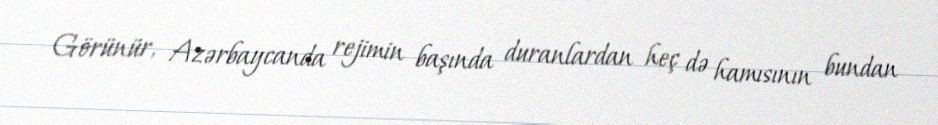
Görünür, Azərbaycanda rejimin başında duranlardan heç də hamısının bundan